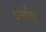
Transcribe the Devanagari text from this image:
पर्वोत्तर